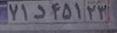
۷۱د۴۵۱۲۳